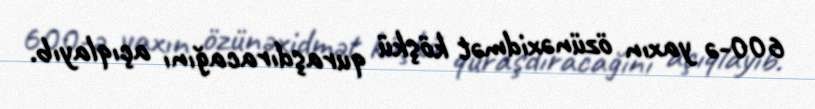
600-ə yaxın özünəxidmət köşkü quraşdıracağını açıqlayıb.